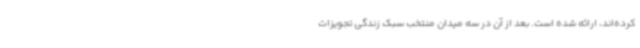
کرده‌اند، ارائه شده است. بعد از آن در سه میدان منتخب سبک زندگی تجویزات